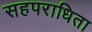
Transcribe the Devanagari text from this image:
सहपराधिता